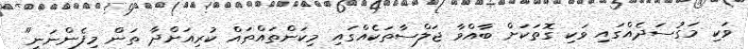
ވަކި މަގުސަދެއްގައި ވަކި ގޮތަކަށް ބާއްވާ ޖަލްސާތަކެއްގައި މިކަންތައްތައް ކުރިއަށްދާ ތަން މިފެންނަނީ"